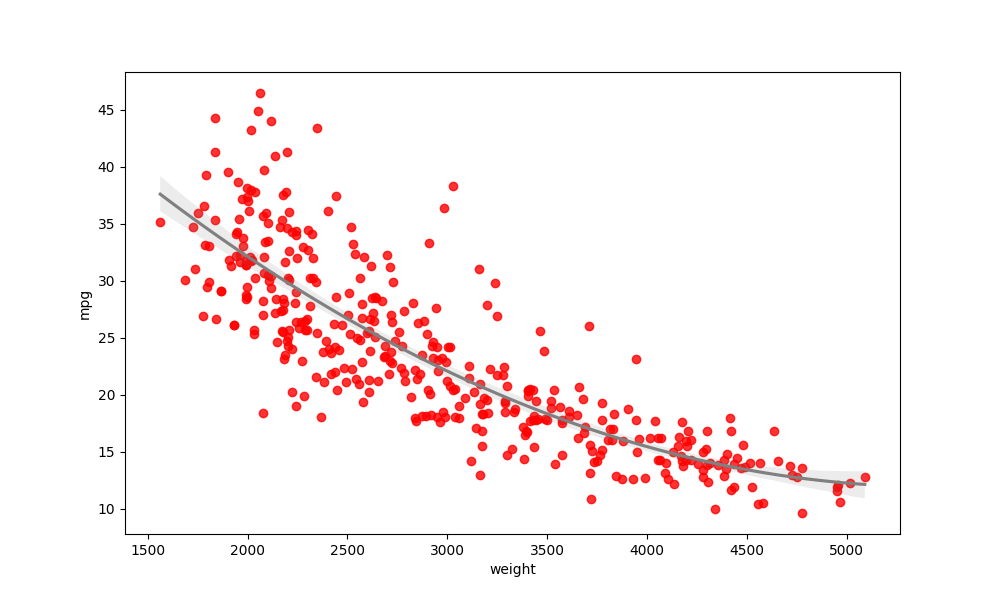
python, seaborn, regplot, order=2, ci=95, scatter_color=red, line_color=gray